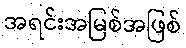
အရင်းအမြစ်အဖြစ်